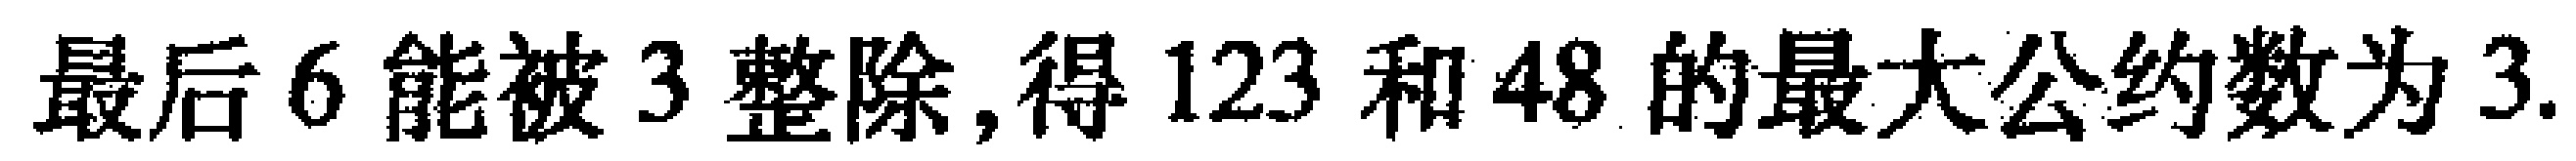
最后\(6\)能被\(3\)整除,得\(123\)和\(48\)的最大公约数为\(3\).